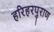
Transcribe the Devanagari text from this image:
हरिहरपुराण